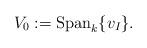
LaTeX: \begin{align*}V_0:= \textrm{Span}_k\{v_I\}.\end{align*}